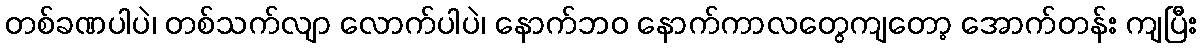
တစ်ခဏပါပဲ၊ တစ်သက်လျာ လောက်ပါပဲ၊ နောက်ဘဝ နောက်ကာလတွေကျတော့ အောက်တန်း ကျပြီး